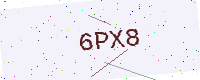
Text: 6PX8